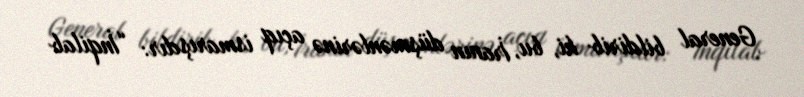
General bildirib ki, bu, İranın düşmənlərinə açıq ismarışdır: “İnqilab